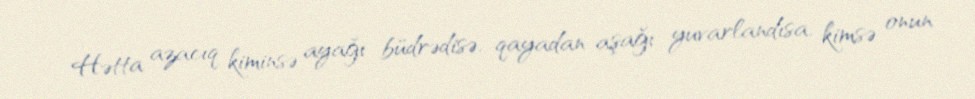
Hətta azacıq kiminsə ayağı büdrədisə, qayadan aşağı yuvarlandısa, kimsə onun